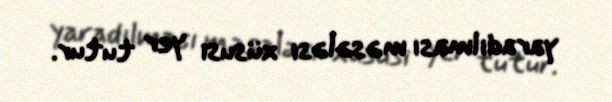
yaradılması məsələsi xüsusi yer tutur.